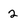
Character: 2